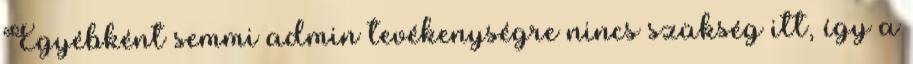
Egyébként semmi admin tevékenységre nincs szükség itt, így a